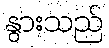
နွားသည်